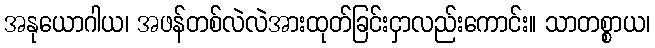
အနုယောဂါယ၊ အဖန်တစ်လဲလဲအားထုတ်ခြင်းငှာလည်းကောင်း။ သာတစ္စာယ၊